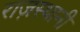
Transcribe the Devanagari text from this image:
राज़स्थानी